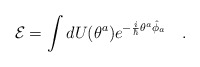
\begin{align*}{\cal E}=\int dU(\theta^a)e^{-\frac{i}{\hbar}\theta^a\hat{\phi}_a}\ \ \ .\end{align*}